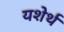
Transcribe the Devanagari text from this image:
यशेर्थ